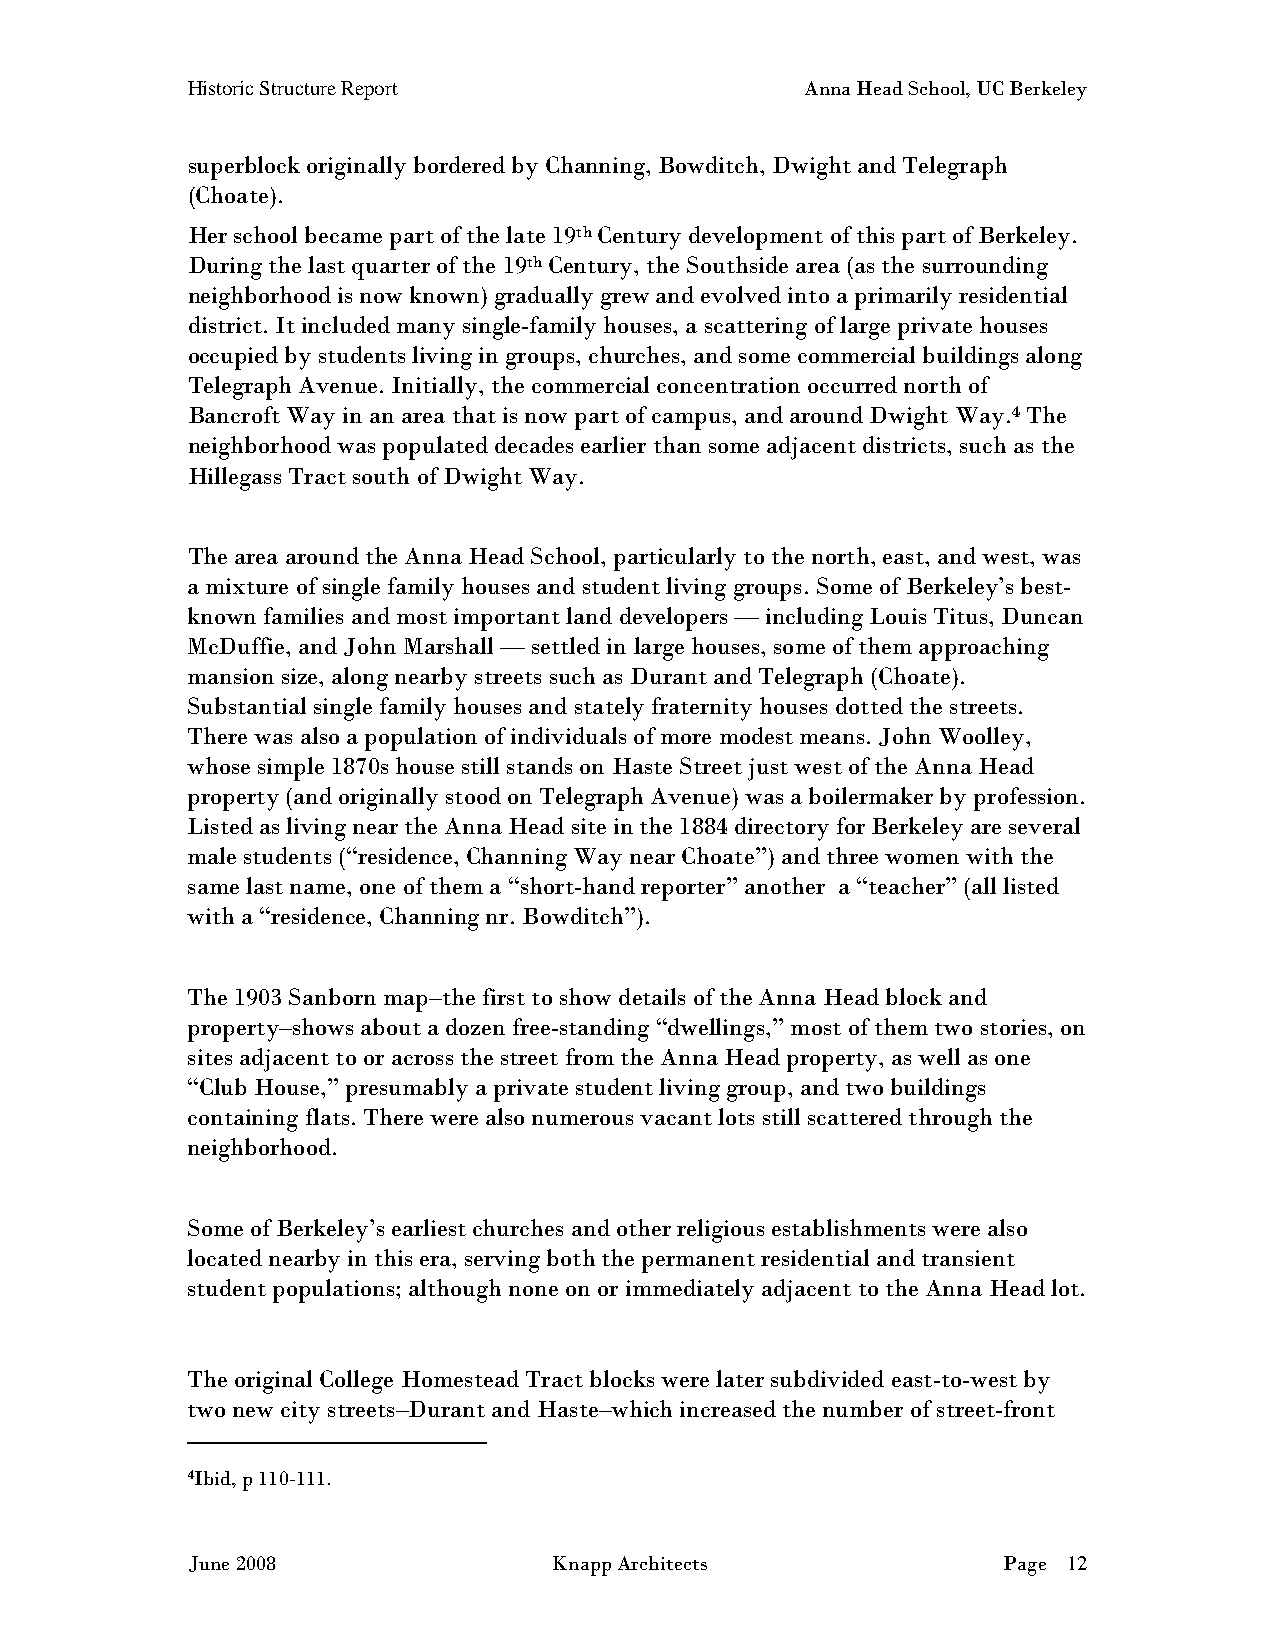
Historic Structure Report                Anna Head School, UC Berkeley
 superblock originally bordered by Channing, Bowditch, Dwight and Telegraph
 (Choate).
 Her school became part of the late 19th Century development of this part of Berkeley.
 During the last quarter of the 19th Century, the Southside area (as the surrounding
 neighborhood is now known) gradually grew and evolved into a primarily residential
 district. It included many single-family houses, a scattering of large private houses
 occupied by students living in groups, churches, and some commercial buildings along
 Telegraph Avenue. Initially, the commercial concentration occurred north of
 Bancroft Way in an area that is now part of campus, and around Dwight Way.4 The
 neighborhood was populated decades earlier than some adjacent districts, such as the
 Hillegass Tract south of Dwight Way.
 The area around the Anna Head School, particularly to the north, east, and west, was
 a mixture of single family houses and student living groups. Some of Berkeley’s best-
 known families and most important land developers — including Louis Titus, Duncan
 McDuffie, and John Marshall — settled in large houses, some of them approaching
 mansion size, along nearby streets such as Durant and Telegraph (Choate).
 Substantial single family houses and stately fraternity houses dotted the streets.
 There was also a population of individuals of more modest means. John Woolley,
 whose simple 1870s house still stands on Haste Street just west of the Anna Head
 property (and originally stood on Telegraph Avenue) was a boilermaker by profession.
 Listed as living near the Anna Head site in the 1884 directory for Berkeley are several
 male students (“residence, Channing Way near Choate”) and three women with the
 same last name, one of them a “short-hand reporter” another a “teacher” (all listed
 with a “residence, Channing nr. Bowditch”).
 The 1903 Sanborn map–the first to show details of the Anna Head block and
 property–shows about a dozen free-standing “dwellings,” most of them two stories, on
 sites adjacent to or across the street from the Anna Head property, as well as one
 “Club House,” presumably a private student living group, and two buildings
 containing flats. There were also numerous vacant lots still scattered through the
 neighborhood.
 Some of Berkeley’s earliest churches and other religious establishments were also
 located nearby in this era, serving both the permanent residential and transient
 student populations; although none on or immediately adjacent to the Anna Head lot.
 The original College Homestead Tract blocks were later subdivided east-to-west by
 two new city streets–Durant and Haste–which increased the number of street-front
 4Ibid, p 110-111.
 June 2008                Knapp Architects             Page 12